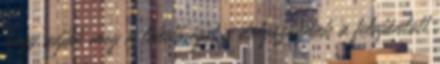
hogy adják meg a lehetőséget a dolgozóknak a felajánlott